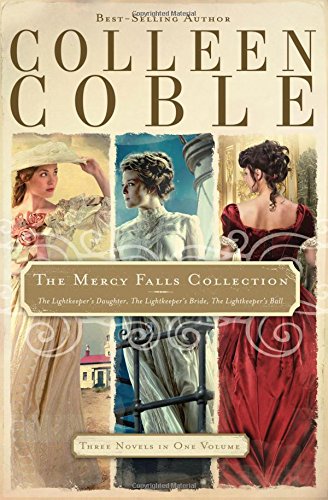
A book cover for The Mercy Falls Collection: The Lightkeeper's Daughter, The Lightkeeper's Bride, The Lightkeeper's Ball (A Mercy Falls Novel); Colleen Coble; Christian Books & Bibles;